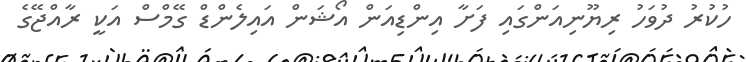
ހުކުރު ދުވަހު ރިޔޫނިއަންގައި ފަށާ އިންޑިއަން އޯޝަން އައިލެންޑް ގޭމްސް އަކީ ރާއްޖޭގެ